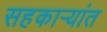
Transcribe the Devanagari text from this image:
सहकार्‍यांत